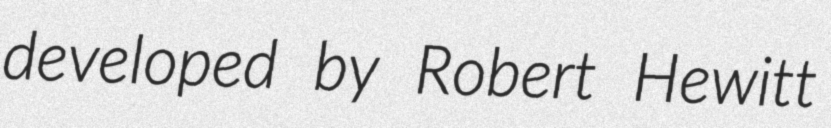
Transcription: developed by Robert Hewitt